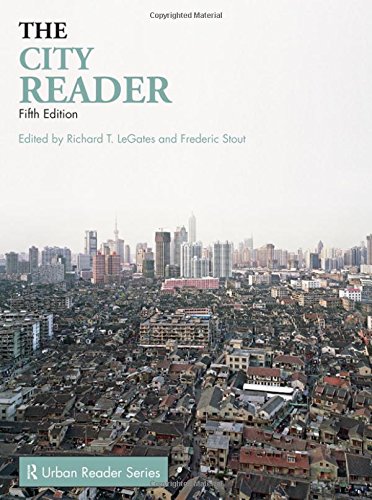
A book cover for The City Reader, 5th Edition (The Routledge Urban Reader Series); Arts & Photography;